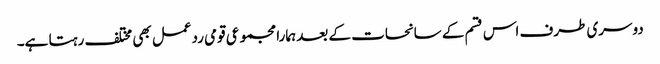
دوسری طرف اس قسم کے سانحات کے بعد ہمارا مجموعی قومی ردعمل بھی مختلف رہتا ہے۔